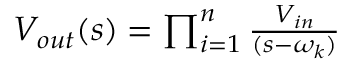
\begin{array} { r } { V _ { o u t } ( s ) = \prod _ { i = 1 } ^ { n } \frac { V _ { i n } } { ( s - \omega _ { k } ) } } \end{array}